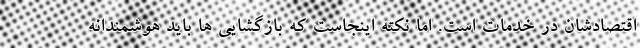
اقتصادشان در خدمات است. اما نکته اینجاست که بازگشایی ها باید هوشمندانه